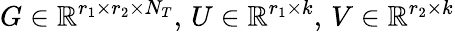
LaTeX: G\in\mathbb{R}^{r_{1}\times r_{2}\times N_{T}},\, U\in\mathbb{R}^{r_{1}\times k},\, V\in\mathbb{R}^{r_{2}\times k}